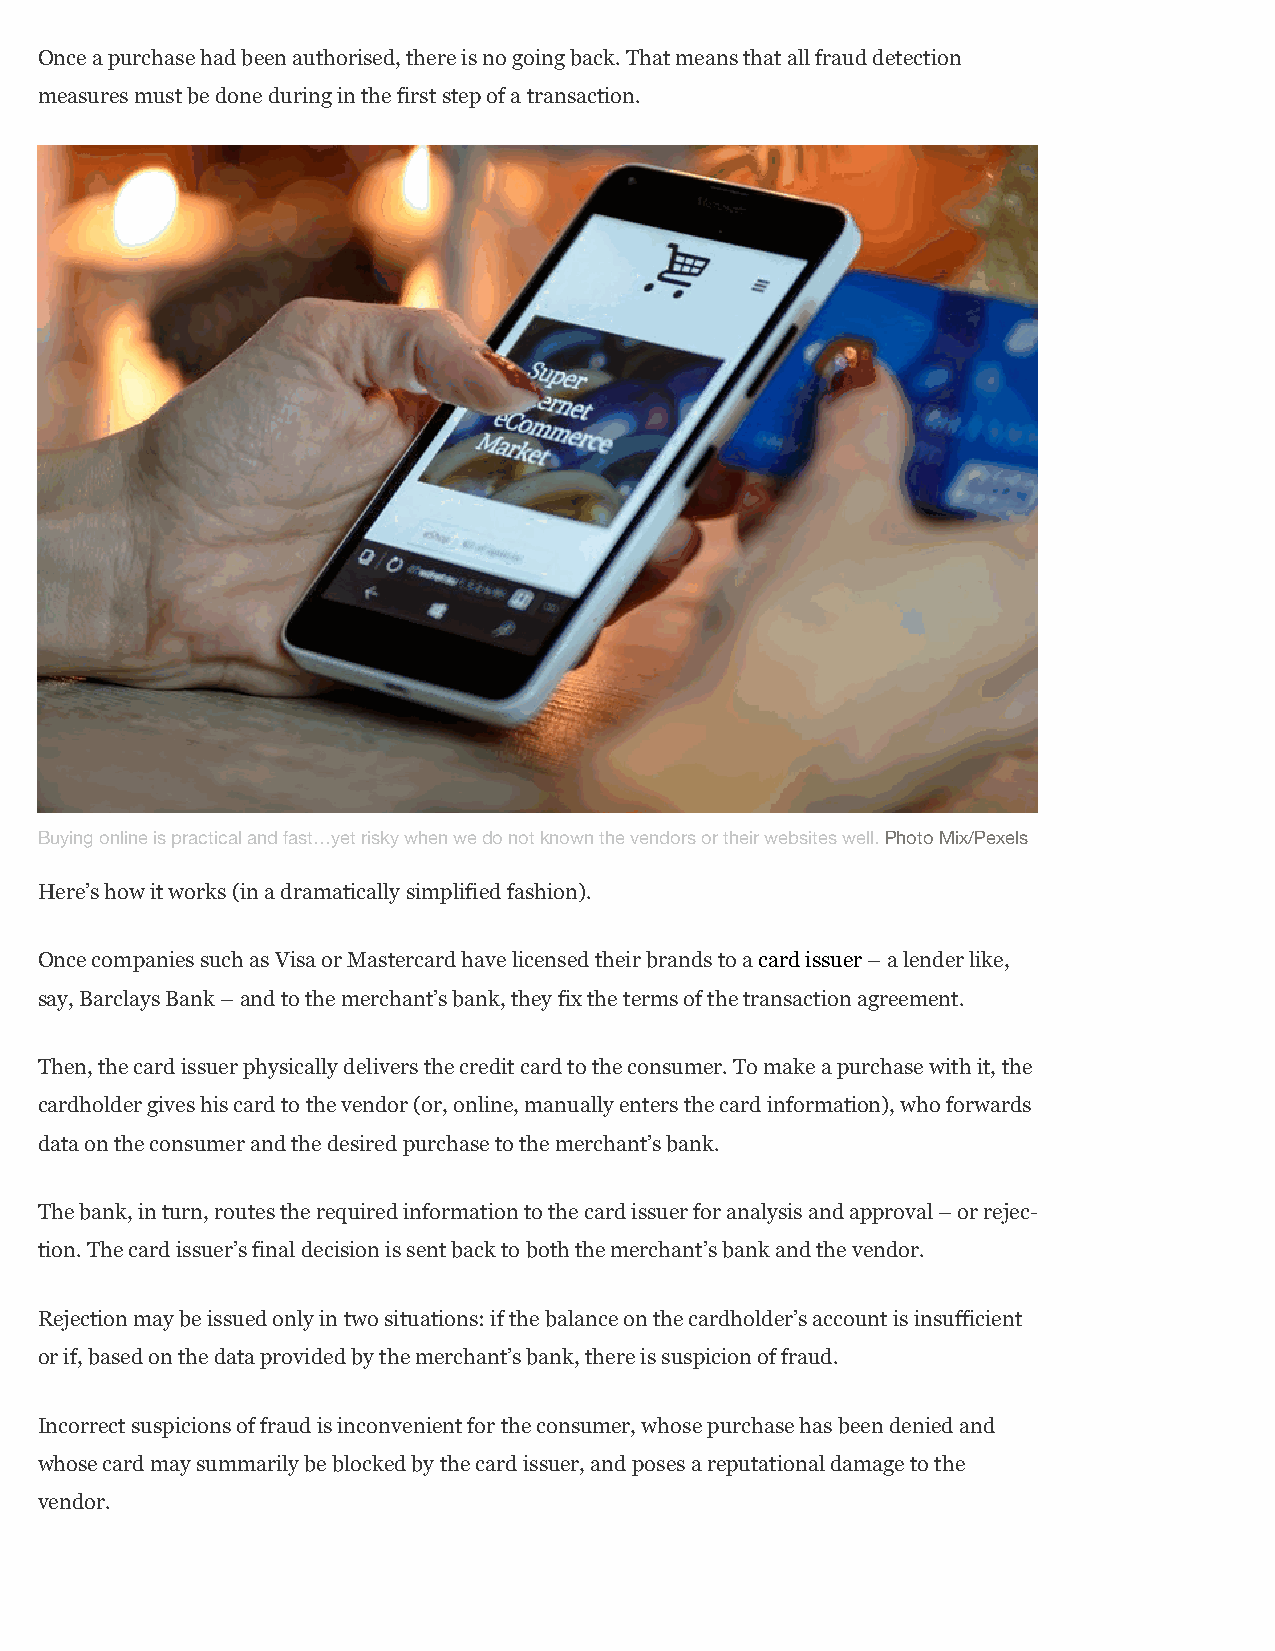
Once a purchase had been authorised, there is no going back. That means that all fraud detection
 measures must be done during in the first step of a transaction.
 Buying online is practical and fast…yet risky when we do not known the vendors or their websites well. Photo Mix/Pexels
 Here’s how it works (in a dramatically simplified fashion).
 Once companies such as Visa or Mastercard have licensed their brands to a card issuer – a lender like,
 say, Barclays Bank – and to the merchant’s bank, they fix the terms of the transaction agreement.
 Then, the card issuer physically delivers the credit card to the consumer. To make a purchase with it, the
 cardholder gives his card to the vendor (or, online, manually enters the card information), who forwards
 data on the consumer and the desired purchase to the merchant’s bank.
 The bank, in turn, routes the required information to the card issuer for analysis and approval – or rejec-
 tion. The card issuer’s final decision is sent back to both the merchant’s bank and the vendor.
 Rejection may be issued only in two situations: if the balance on the cardholder’s account is insufficient
 or if, based on the data provided by the merchant’s bank, there is suspicion of fraud.
 Incorrect suspicions of fraud is inconvenient for the consumer, whose purchase has been denied and
 whose card may summarily be blocked by the card issuer, and poses a reputational damage to the
 vendor.